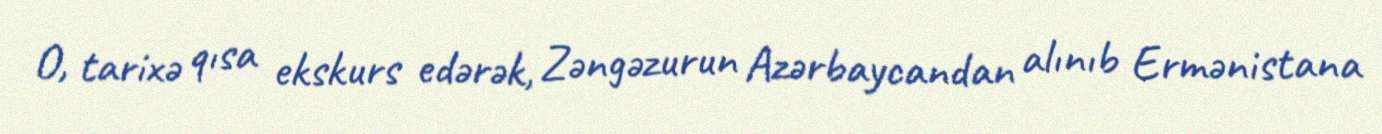
O, tarixə qısa ekskurs edərək, Zəngəzurun Azərbaycandan alınıb Ermənistana